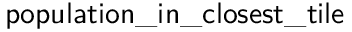
\mathsf { p o p u l a t i o n \_ i n \_ c l o s e s t \_ t i l e }